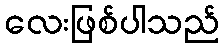
လေးဖြစ်ပါသည်